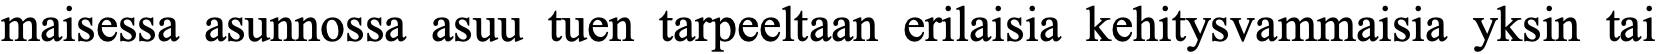
maisessa asunnossa asuu tuen tarpeeltaan erilaisia kehitysvammaisia yksin tai